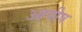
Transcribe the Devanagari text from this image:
आमीष